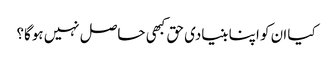
کیا ان کو اپنا بنیادی حق کبھی حاصل نہیں ہوگا؟